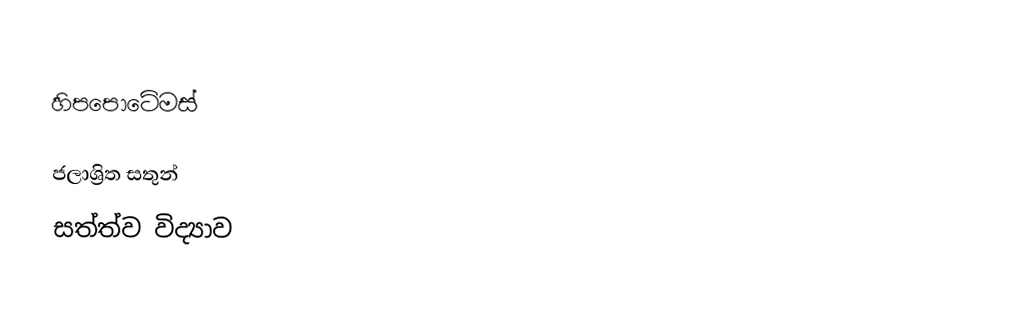
හිපපොටේමස්

ජලාශ්‍රිත සතුන්
සත්ත්ව විද්‍යාව